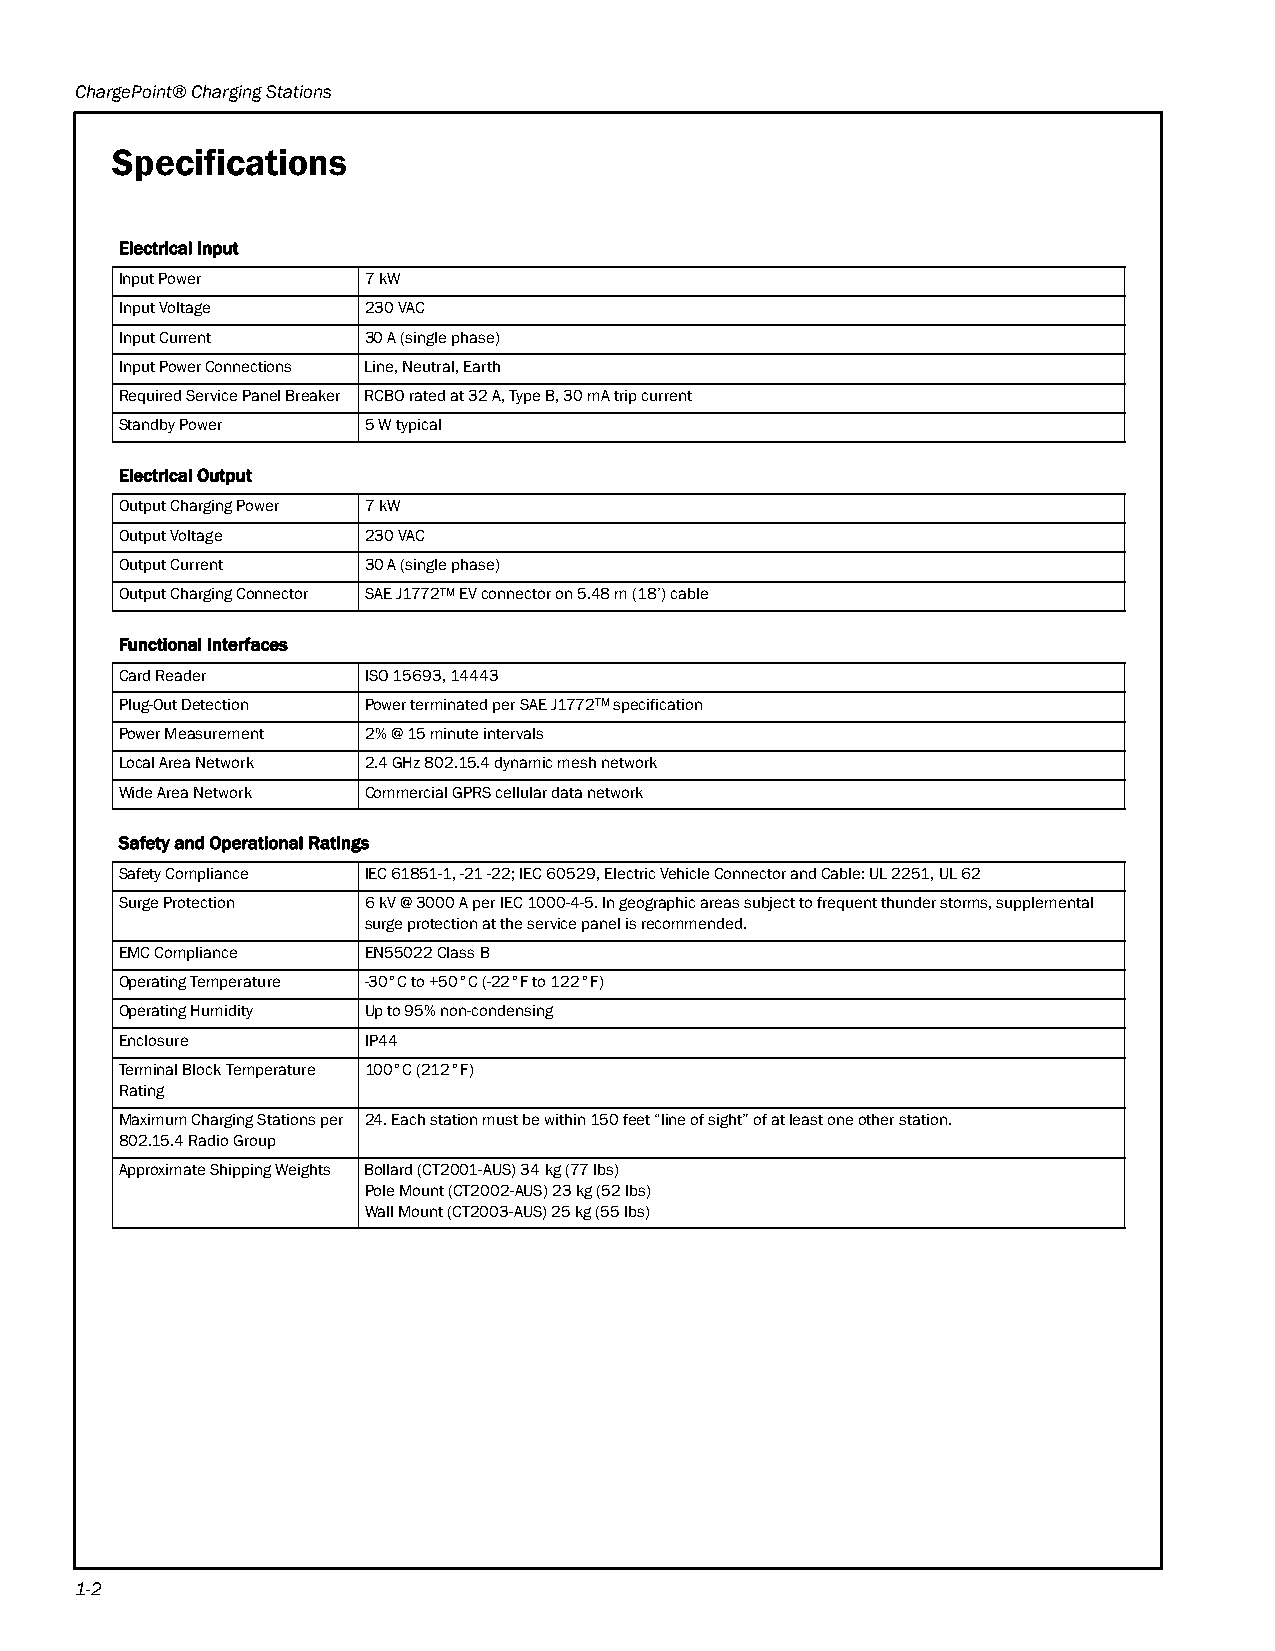
ChargePoint® Charging Stations
 Specifications
 Electrical Input
 Input Power     7 kW
 Input Voltage   230 VAC
 Input Current   30 A (single phase)
 Input Power Connections Line, Neutral, Earth
 Required Service Panel Breaker RCBO rated at 32 A, Type B, 30 mA trip current
 Standby Power   5 W typical
 Electrical Output
 Output Charging Power 7 kW
 Output Voltage  230 VAC
 Output Current  30 A (single phase)
 Output Charging Connector SAE J1772TM EV connector on 5.48 m (18’) cable
 Functional Interfaces
 Card Reader     ISO 15693, 14443
 Plug-Out Detection Power terminated per SAE J1772TM specification
 Power Measurement 2% @ 15 minute intervals
 Local Area Network 2.4 GHz 802.15.4 dynamic mesh network
 Wide Area Network Commercial GPRS cellular data network
 Safety and Operational Ratings
 Safety Compliance IEC 61851-1, -21 -22; IEC 60529, Electric Vehicle Connector and Cable: UL 2251, UL 62
 Surge Protection 6 kV @ 3000 A per IEC 1000-4-5. In geographic areas subject to frequent thunder storms, supplemental
 surge protection at the service panel is recommended.
 EMC Compliance  EN55022 Class B
 Operating Temperature -30°C to +50°C (-22°F to 122°F)
 Operating Humidity Up to 95% non-condensing
 Enclosure       IP44
 Terminal Block Temperature 100°C (212°F)
 Rating
 Maximum Charging Stations per 24. Each station must be within 150 feet “line of sight” of at least one other station.
 802.15.4 Radio Group
 Approximate Shipping Weights Bollard (CT2001-AUS) 34 kg (77 lbs)
 Pole Mount (CT2002-AUS) 23 kg (52 lbs)
 Wall Mount(CT2003-AUS) 25 kg (55 lbs)
 1-2